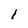
Character: l